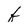
Character: f